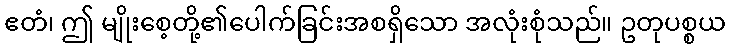
ဧတံ၊ ဤ မျိုးစေ့တို့၏ပေါက်ခြင်းအစရှိသော အလုံးစုံသည်။ ဥတုပစ္စယ